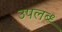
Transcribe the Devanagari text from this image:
उपलब्ध्‍